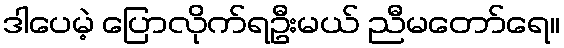
ဒါပေမဲ့ ပြောလိုက်ရဦးမယ် ညီမတော်ရေ။